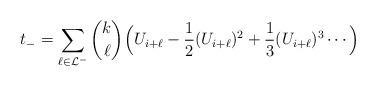
LaTeX: \begin{align*} t_- = \sum_{\ell \in \mathcal{L}^-} \binom{k}{\ell} \Bigl( U_{i+\ell} - \frac{1}{2} (U_{i+\ell})^2 + \frac{1}{3} (U_{i+\ell})^3 \cdots \Bigr)\end{align*}